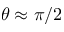
\theta \approx \pi / 2